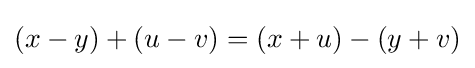
(x-y)+(u-v)=(x+u)-(y+v)